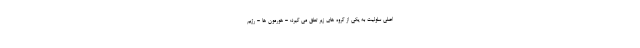
اصلی سلولیت به یکی از گروه های زیر تعلق می گیرد: - هورمون ها - رژیم